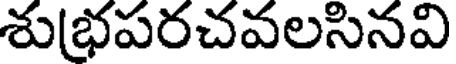
శుభపరచవలసినవి